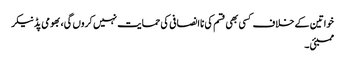
خواتین کے خلاف کسی بھی قسم کی ناانصافی کی حمایت نہیں کروں گی، بھومی پڈنیکر
ممبئی ۔